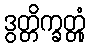
ဒွတ္တိက္ခတ္တုံ